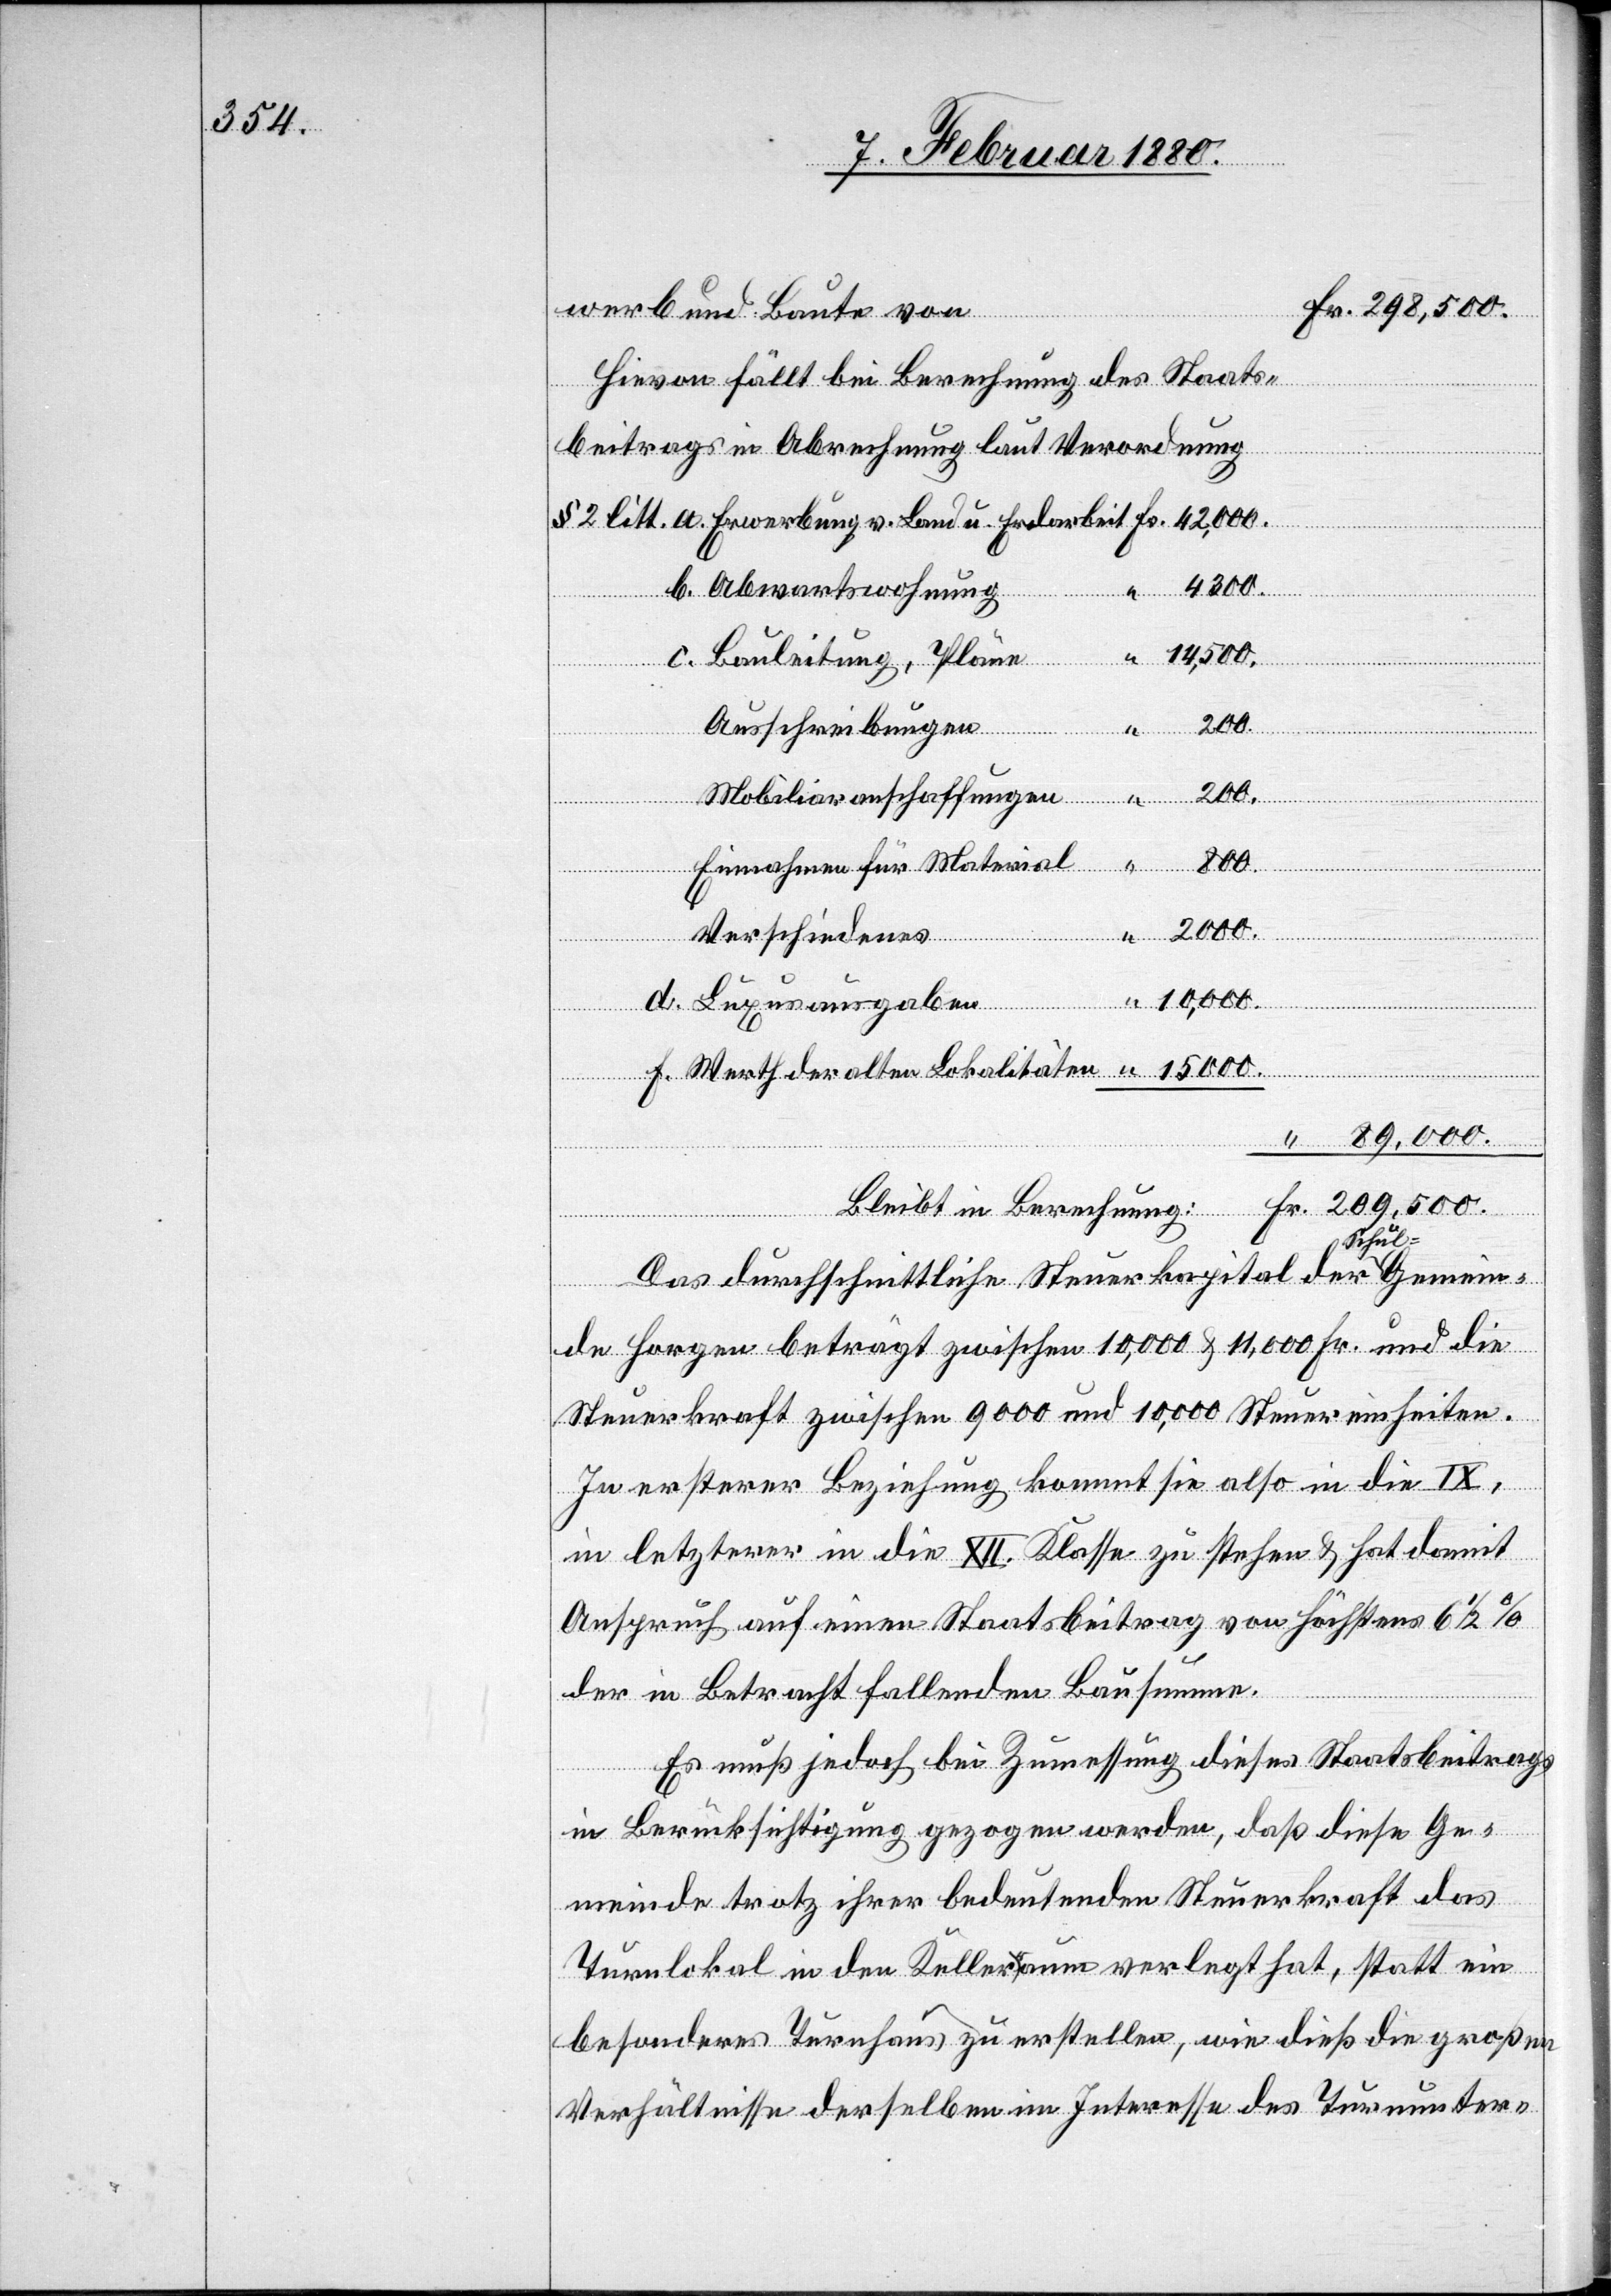
täten
werb und Baute von
hievon fällt bei Berechnung des Staats¬
X,
beitrags in Abrechnung laut Verordnung
chnung:
4300.
14 500.
Bere¬
Bauleitung, Pläne
Ausschreibungen
“
Einnahmen für Material
2000.
d.
Verschiedenes
“
“
209 500.
b.
Das durchschnittliche Steuerkapital der Schul-Gemein¬
Fr.
de Horgen beträgt zwischen 10 000 & 11 000 Fr. und die
Steuerkraft zwischen 9000 und 10, 000 Steuereinheiten.
In ersterer Beziehung kommt sie also in die I¬
in letzterer in die XII. Klasse zu stehen & hat damit
Anspruch auf einen Staatsbeitrag von höchstens 6 1/2%
der in Betracht fallenden Bausumme.
Es muß jedoch bei Zumessung dieses Staatsbeitrags
in Berücksichtigung gezogen werden, daß diese Ge¬
meinde trotz ihrer bedeutenden Steuerkraft das
Turnlokal in den Kellerraum verlegt hat, statt ein
besonderes Turnhaus zu erstellen, wie dieß die großen
Verhältnisse derselben im Interesse des Turnunter-